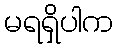
မရရှိပါက